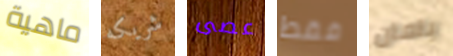
ماهية شريكه عصى فقط بامان